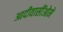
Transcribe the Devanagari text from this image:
आदीवासींओमे